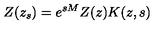
Z ( z _ { s } ) = e ^ { s M } Z ( z ) K ( z , s )